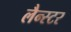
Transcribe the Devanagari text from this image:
लैन्स्टर